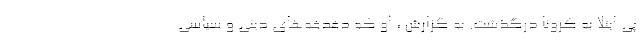
پی ابتلا به کرونا درگذشت. به گزارش ، او که دغدغه‌های دینی و سیاسی